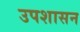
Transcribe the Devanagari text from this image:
उपशासन